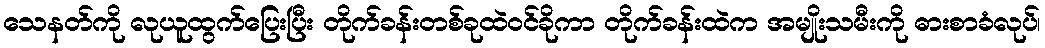
သေနတ်ကို လုယူထွက်ပြေးပြီး တိုက်ခန်းတစ်ခုထဲဝင်ခိုကာ တိုက်ခန်းထဲက အမျိုးသမီးကို ဓားစာခံလုပ်၊